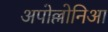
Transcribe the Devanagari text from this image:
अपोल्लोनिआ